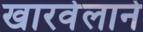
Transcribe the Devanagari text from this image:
खारवेलाने